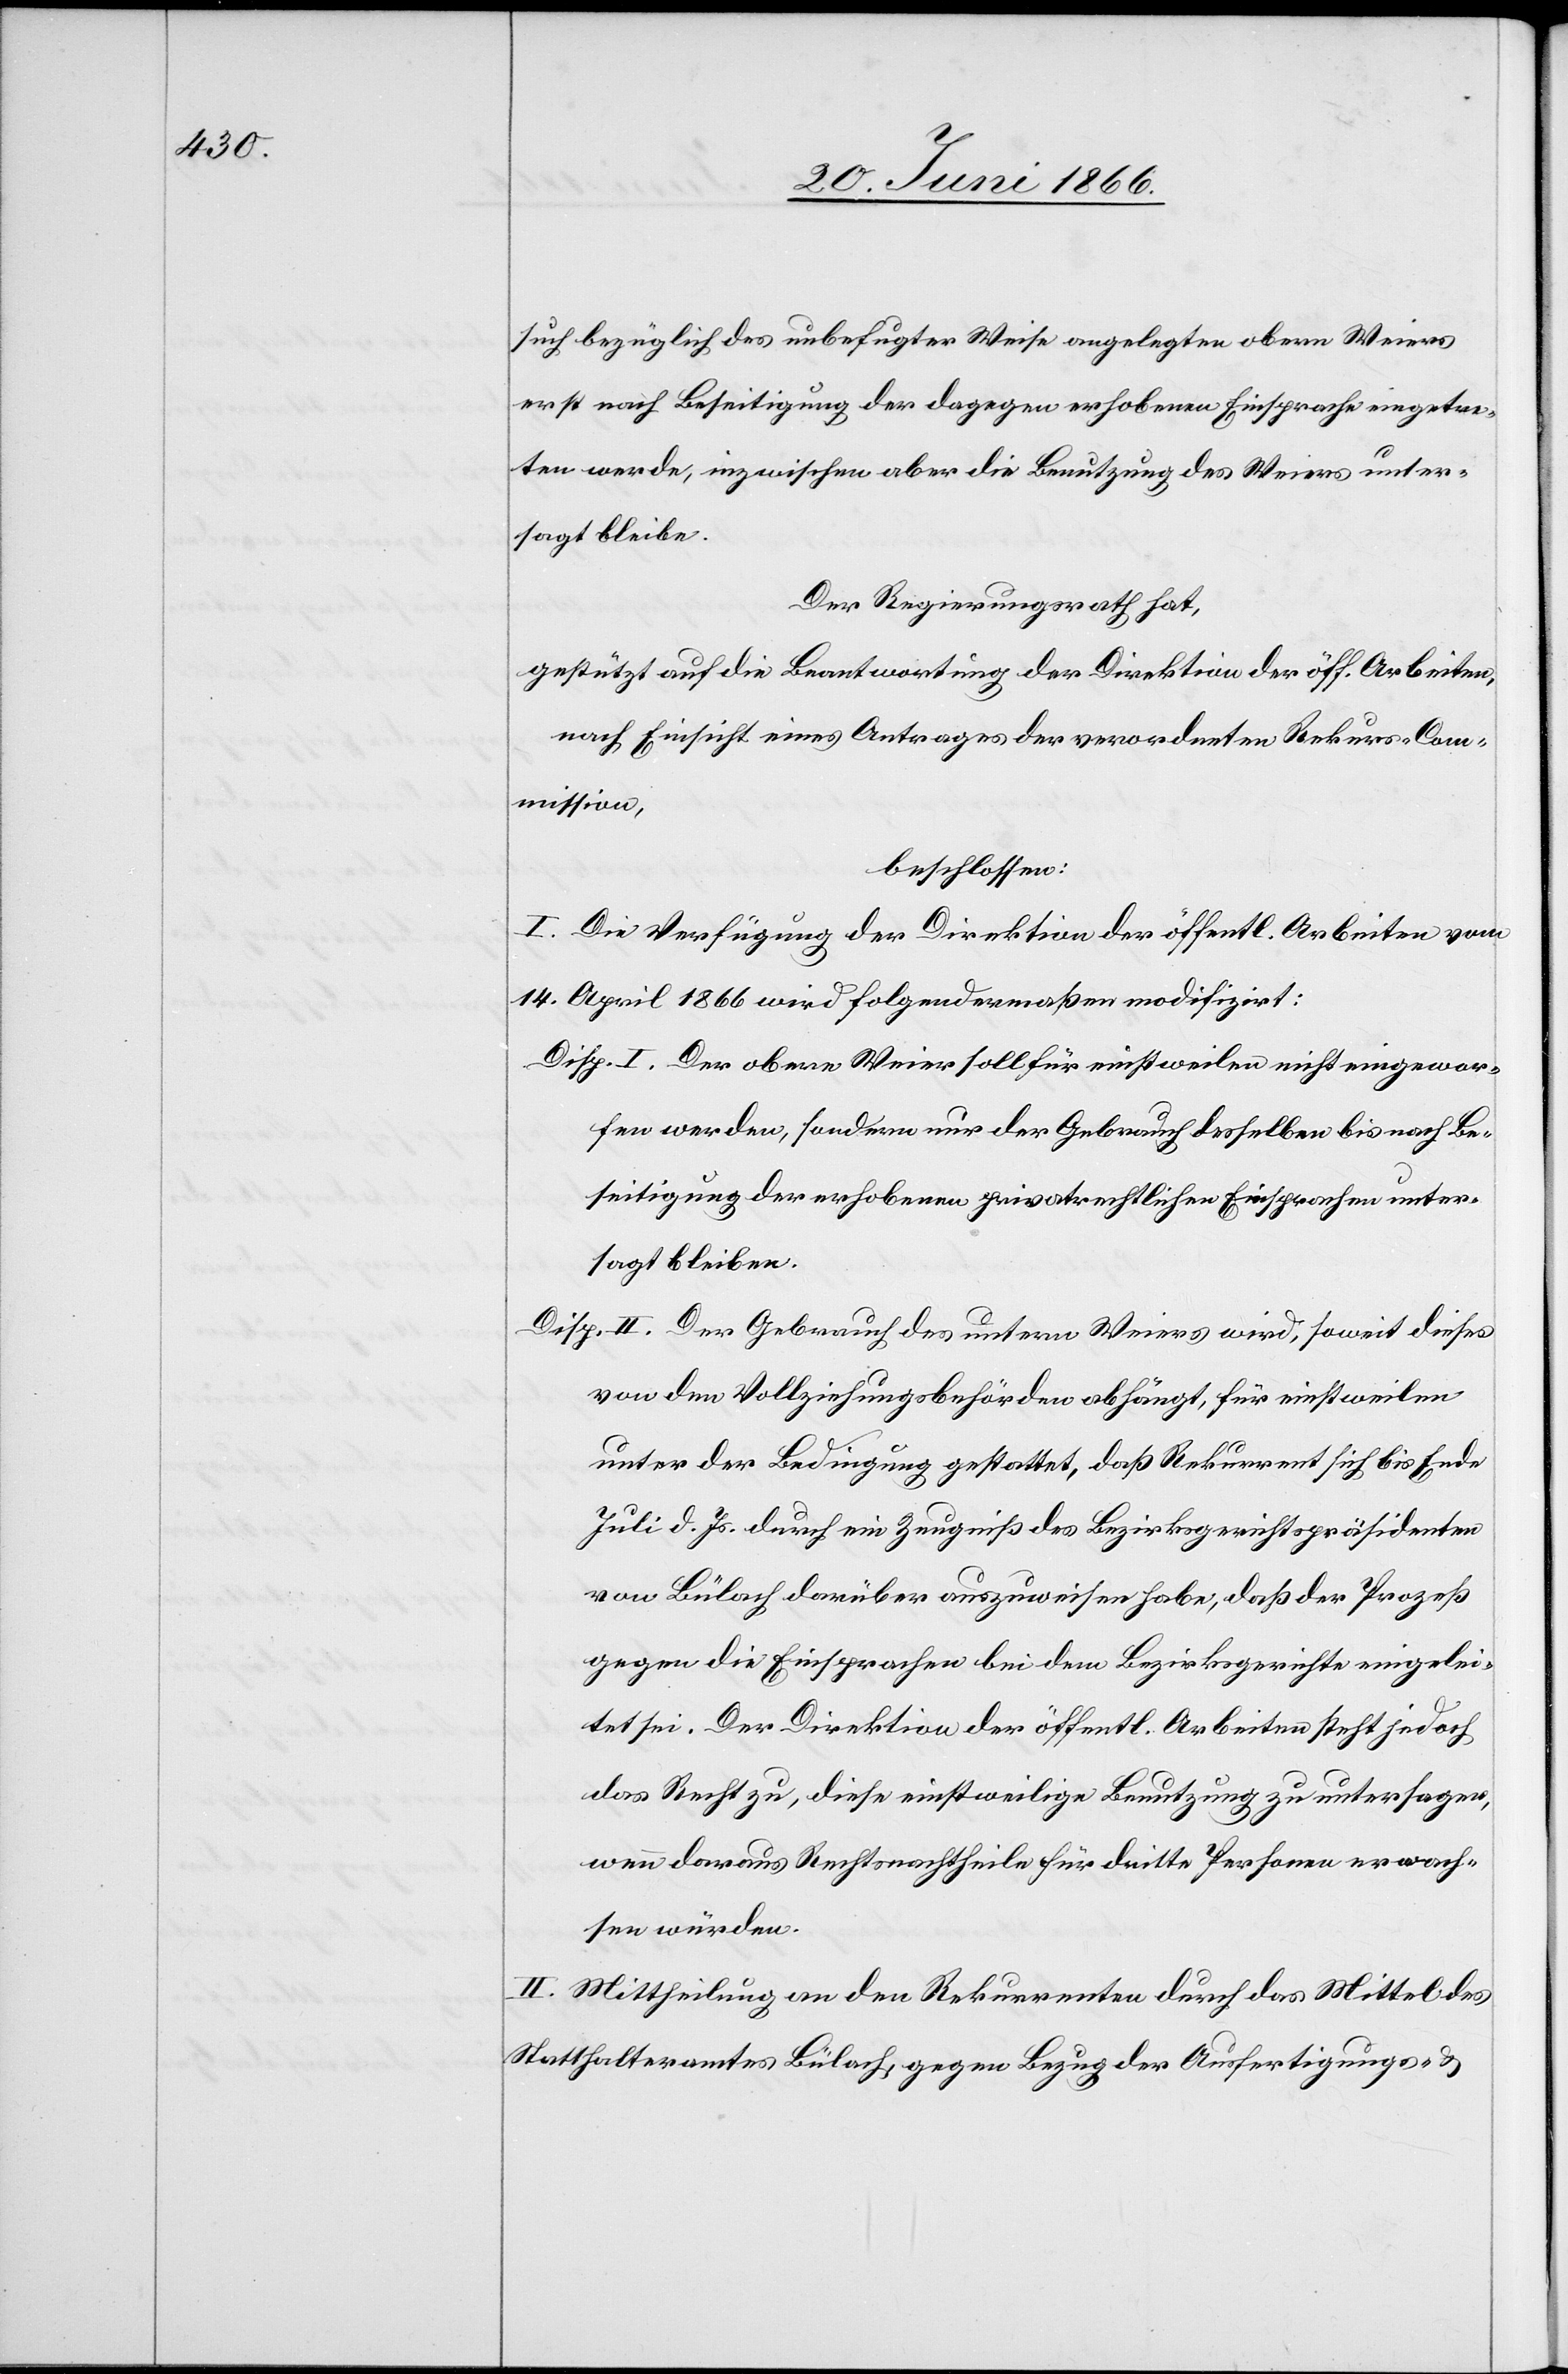
such bezüglich des unbefugter Weise angelegten obern Weiers
erst nach Beseitigung der dagegen erhobenen Einsprache eingetre¬
ten werde, inzwischen aber die Benutzung des Weiers unter¬
sagt bleibe.
Der Regierungsrath hat,
gestützt auf die Beantwortung der Direktion der öff. Arbeiten,
nach Einsicht eines Antrages der verordneten Rekurs-Com¬
mission,
beschlossen:
I. Die Verfügung der Direktion der öffentl. Arbeiten vom
14. April 1866 wird folgendermaßen modifizirt:
Disp. I. Der obere Weier soll für einstweilen nicht eingewor¬
fen werden, sondern der Gebrauch desselben bis nach Be¬
seitigung der erhobenen privatrechtlichen Einsprachen unter¬
sagt bleiben.
Disp. II. Der Gebrauch des untern Weiers wird, soweit dieses
von den Vollziehungsbehörden abhängt, für einstweilen
unter der Bedingung gestattet, daß Rekurrent sich bis Ende
Juli d. Js. durch ein Zeugniß des Bezirksgerichtspräsidenten
von Bülach darüber auszuweisen habe, daß der Prozeß
gegen die Einsprachen bei dem Bezirksgerichte eingelei¬
tet sei. Der Direktion der öffentl. Arbeiten steht jedoch
das Recht zu, diese einstweilige Benutzung zu untersagen,
wenn daraus Rechtsnachtheile für dritte Personen erwach¬
sen würden.
II. Mittheilung an den Rekurrenten durch das Mittel des
Statthalteramtes Bülach, gegen Bezug der Ausfertigungs- u.